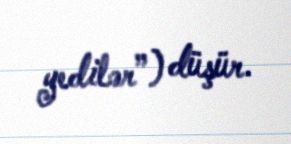
yedilər”) düşür.